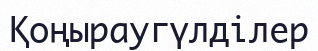
Қоңыраугүлділер